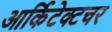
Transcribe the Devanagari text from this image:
आर्किटेक्टचर